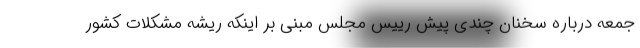
جمعه درباره سخنان چندی پیش رییس مجلس مبنی بر اینکه ریشه مشکلات کشور